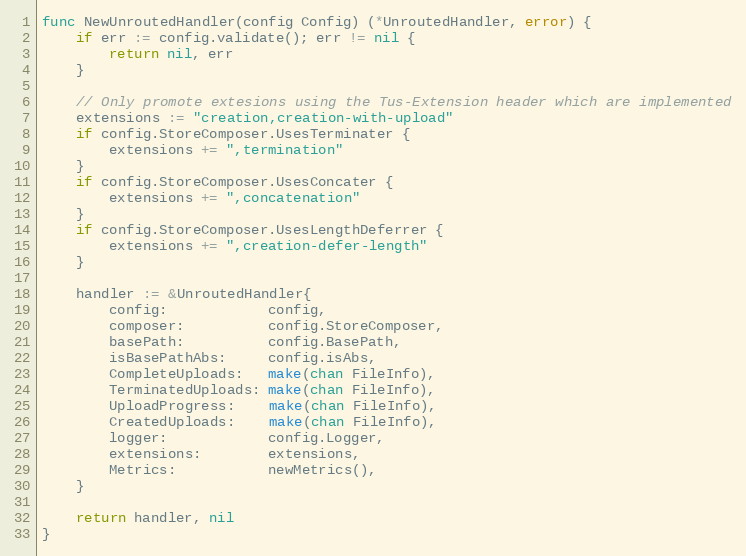
Language: Go
func NewUnroutedHandler(config Config) (*UnroutedHandler, error) {
	if err := config.validate(); err != nil {
		return nil, err
	}

	// Only promote extesions using the Tus-Extension header which are implemented
	extensions := "creation,creation-with-upload"
	if config.StoreComposer.UsesTerminater {
		extensions += ",termination"
	}
	if config.StoreComposer.UsesConcater {
		extensions += ",concatenation"
	}
	if config.StoreComposer.UsesLengthDeferrer {
		extensions += ",creation-defer-length"
	}

	handler := &UnroutedHandler{
		config:            config,
		composer:          config.StoreComposer,
		basePath:          config.BasePath,
		isBasePathAbs:     config.isAbs,
		CompleteUploads:   make(chan FileInfo),
		TerminatedUploads: make(chan FileInfo),
		UploadProgress:    make(chan FileInfo),
		CreatedUploads:    make(chan FileInfo),
		logger:            config.Logger,
		extensions:        extensions,
		Metrics:           newMetrics(),
	}

	return handler, nil
}